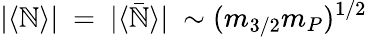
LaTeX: |\langle\mathbb{N}\rangle|~=~|\langle\bar{{\mathbb{N}}}\rangle|~\sim(m_{3/2}m_{P})^{1/2}